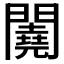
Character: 𨷁